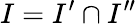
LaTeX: I=I^{\prime}\cap I^{\prime\prime}